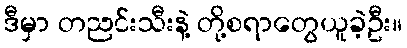
ဒီမှာ တညင်းသီးနဲ့ တို့စရာတွေယူခဲ့ဦး။